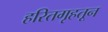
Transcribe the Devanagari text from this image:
हरितगृहतून